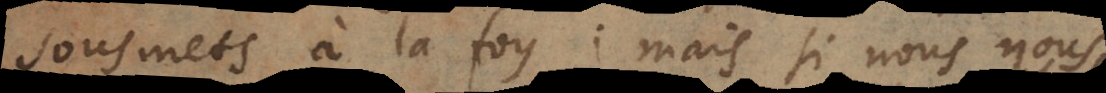
sousmets à la foy: mais si nous nous